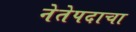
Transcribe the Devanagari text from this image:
नेतेपदाचा